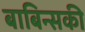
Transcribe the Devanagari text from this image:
बाबिन्सकी